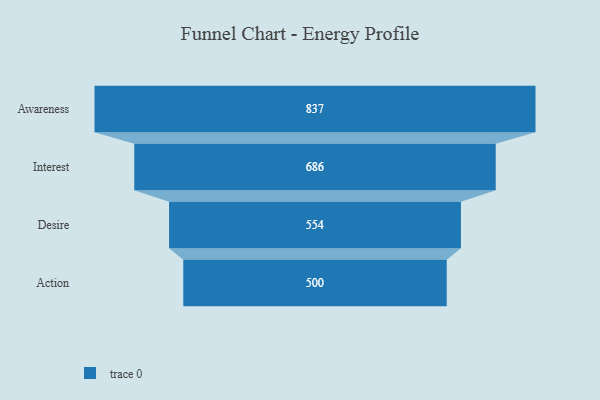
{"axis": {"x": "Stage", "y": "Value"}, "legend": [""], "data": [{"x": "Awareness", "y": 837.0, "type": ""}, {"x": "Interest", "y": 686.0, "type": ""}, {"x": "Desire", "y": 554.0, "type": ""}, {"x": "Action", "y": 500, "type": ""}]}